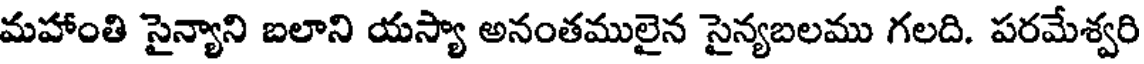
మహాంతి సైన్యాని బలాని యస్యా అనంతములైన సైన్యబలము గలది. పరమేశ్వరి